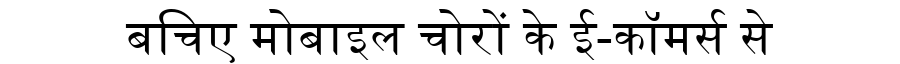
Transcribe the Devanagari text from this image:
बचिए मोबाइल चोरों के ई-कॉमर्स से